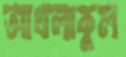
আখলাকুল